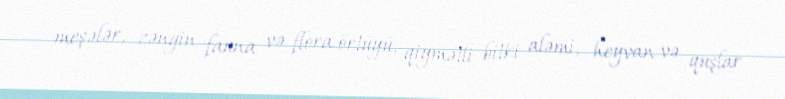
meşələr, zəngin fauna və flora örtüyü, qiymətli bitki aləmi, heyvan və quşlar